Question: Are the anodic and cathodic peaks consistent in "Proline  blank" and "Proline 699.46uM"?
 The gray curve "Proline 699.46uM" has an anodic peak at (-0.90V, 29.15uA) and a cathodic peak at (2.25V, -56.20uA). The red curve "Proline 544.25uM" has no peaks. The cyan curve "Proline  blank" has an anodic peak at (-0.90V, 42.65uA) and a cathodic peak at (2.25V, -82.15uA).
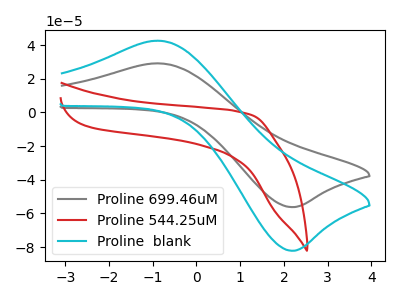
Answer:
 <answer>Yes, "Proline  blank" have a peak in "Proline 699.46uM" at the same potential.</answer>
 <eval>match</eval>